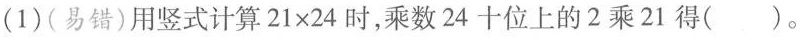
(1)(易错)用竖式计算$$21 \times 24$$时，乘数24十位上的2乘21得( )。